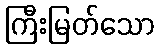
ကြီးမြတ်သော